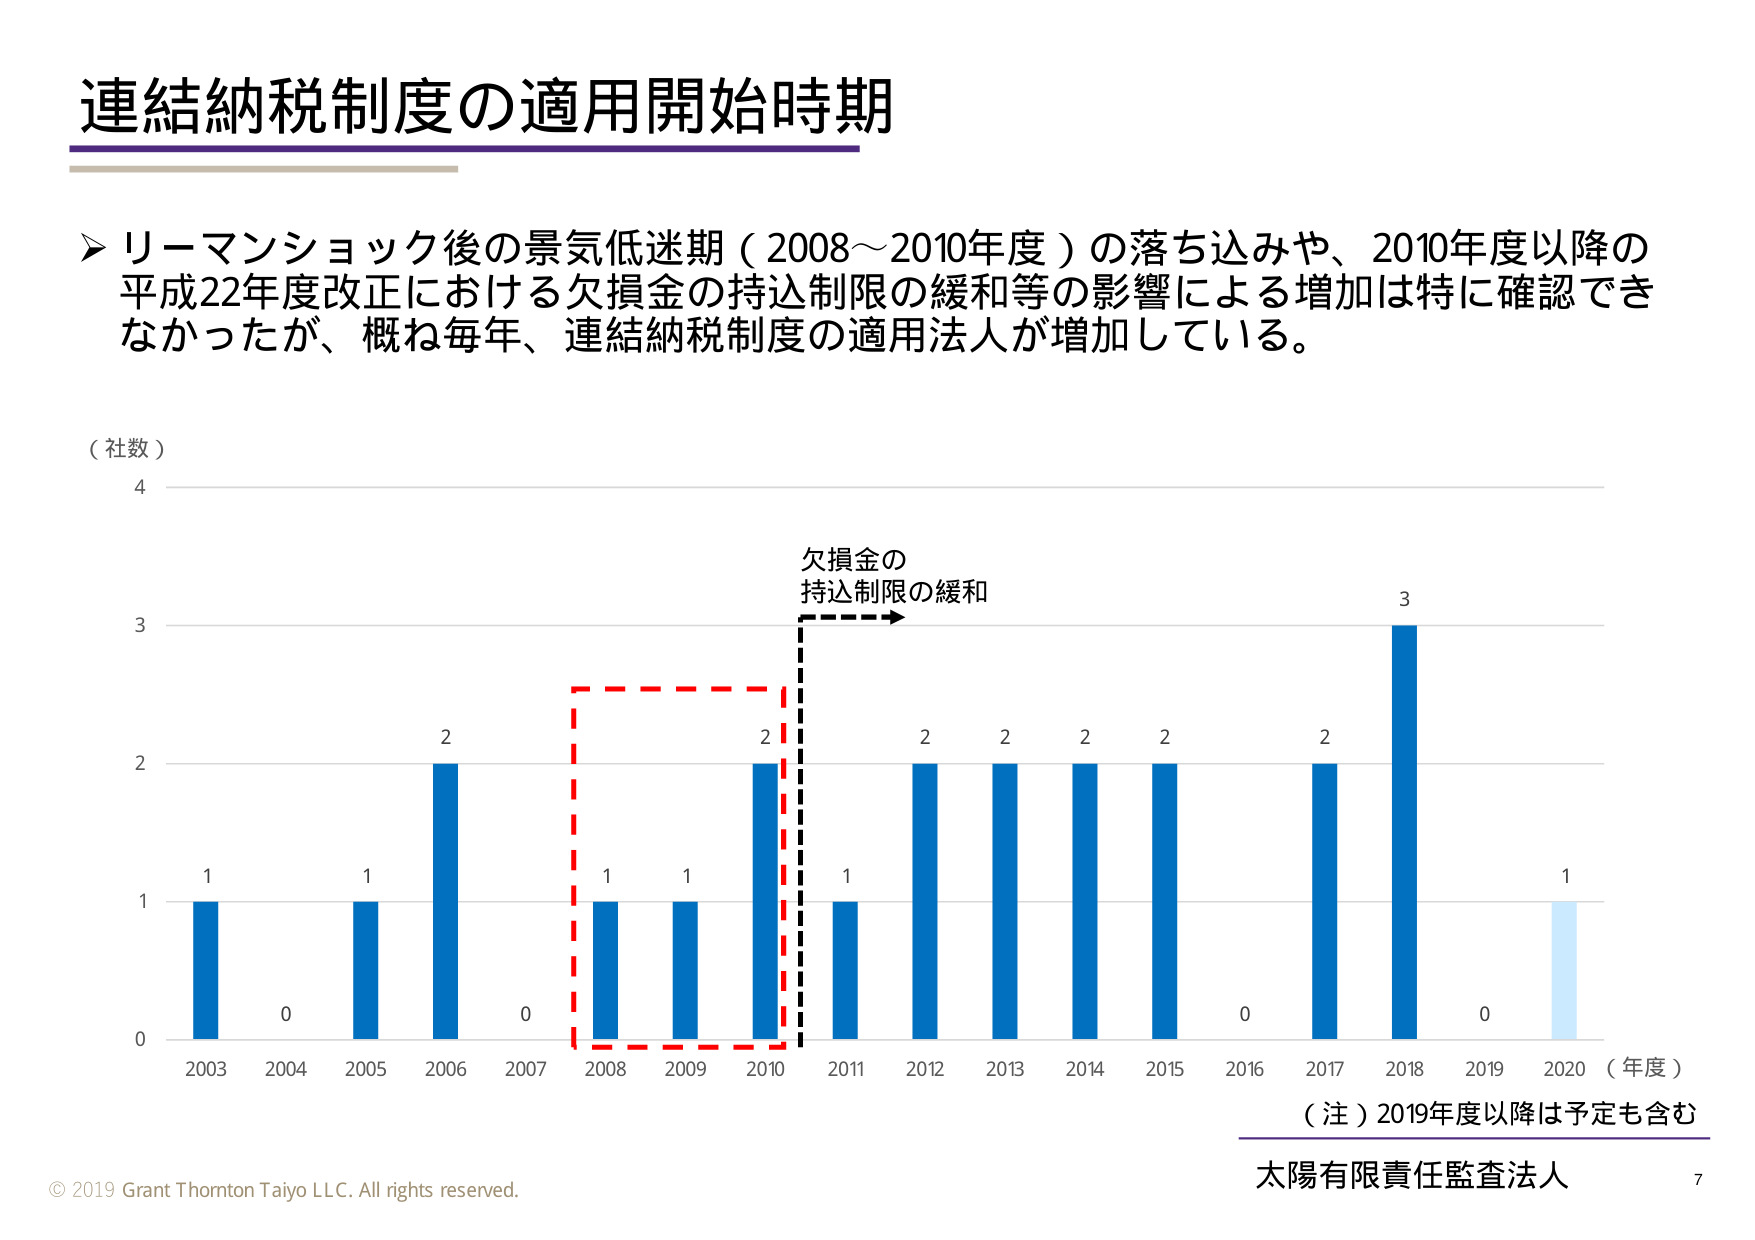
連結納税制度の適用開始時期

➤ リーマンショック後の景気低迷期（2008～2010年度）の落ち込みや、2010年度以降の平成22年度改正における欠損金の持込制限の緩和等の影響による増加は特に確認できなかったが、概ね毎年、連結納税制度の適用法人が増加している。

（社数）
4
3
2
1
0
2003 2004 2005 2006 2007 2008 2009 2010 2011 2012 2013 2014 2015 2016 2017 2018 2019 2020 （年度）

欠損金の
持込制限の緩和

1
0
1
2
0
1
1
2
1
2
2
2
2
0
2
3
0
1

（注）2019年度以降は予定も含む

© 2019 Grant Thornton Taiyo LLC. All rights reserved.
太陽有限責任監査法人
7